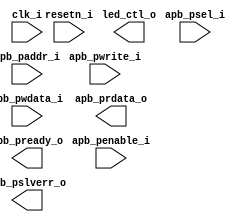
/*******************************************************************************
    Verilog netlist generated by IPGEN Lattice Propel (64-bit)
    2.0.2104292220
    Soft IP Version: 1.5
    2021 06 11 14:17:23
*******************************************************************************/
/*******************************************************************************
    Wrapper Module generated per user settings.
*******************************************************************************/
module WS2812 (clk_i, resetn_i, led_ctl_o, apb_penable_i, apb_psel_i,
    apb_pwrite_i, apb_paddr_i, apb_pwdata_i, apb_prdata_o, apb_pslverr_o,
    apb_pready_o)/* synthesis syn_black_box syn_declare_black_box=1 */;
    input  clk_i;
    input  resetn_i;
    output  led_ctl_o;
    input  apb_penable_i;
    input  apb_psel_i;
    input  apb_pwrite_i;
    input  [5:0]  apb_paddr_i;
    input  [31:0]  apb_pwdata_i;
    output  [31:0]  apb_prdata_o;
    output  apb_pslverr_o;
    output  apb_pready_o;
endmodule